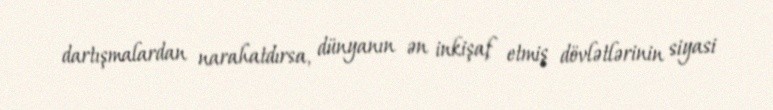
dartışmalardan narahatdırsa, dünyanın ən inkişaf etmiş dövlətlərinin siyasi